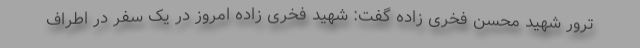
ترور شهید محسن فخری زاده گفت: شهید فخری زاده امروز در یک سفر در اطراف